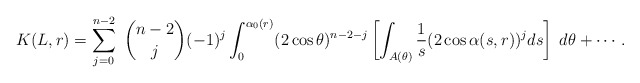
\begin{align*} K(L,r)=\sum_{j=0}^{n-2} \ \binom{n-2}{j} (-1)^j \int_0^{\alpha_0(r)} (2\cos \theta)^{n-2-j}\left[\int_{A(\theta)}\frac 1s (2\cos\alpha(s,r))^j ds\right]\; d\theta+\cdots.\end{align*}